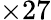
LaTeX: \times 27